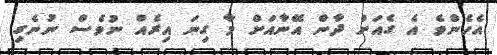
އެހެންވެ އެ ގެއަށް ދާން އޭނާއަށް މާ ގިނަ އިރެއް ނުވެސް ނުނެގި